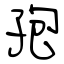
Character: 孢